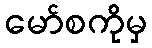
မော်စကိုမှ